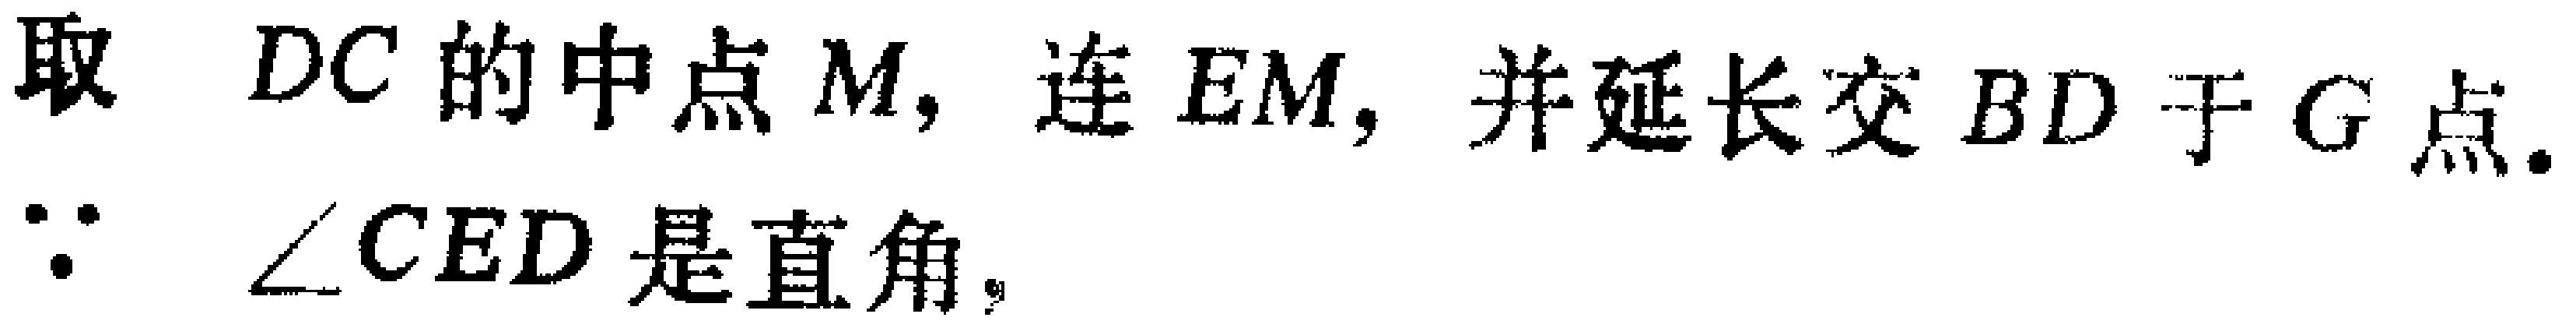
取 \(DC\) 的中点 \(M\)，连 \(EM\)，并延长交 \(BD\) 于 \(G\) 点.
\(\because\) \(\angle CED\) 是直角，